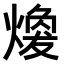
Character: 𤎈